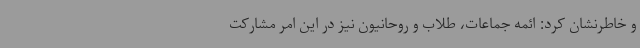
و خاطرنشان کرد: ائمه جماعات، طلاب و روحانیون نیز در این امر مشارکت